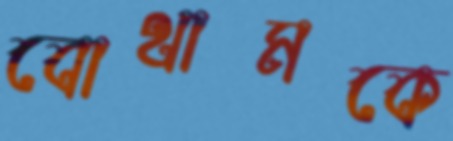
বোথামকে